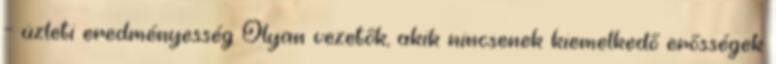
– üzleti eredményesség Olyan vezetők, akik nincsenek kiemelkedő erősségek